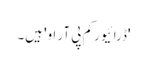
'ڈرائیور کم پی آر او' ہیں۔